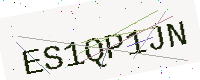
Text: ES1QP1JN